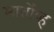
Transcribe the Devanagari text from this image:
मार्तोव्ह